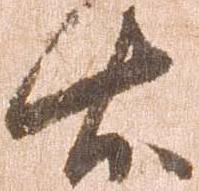
右